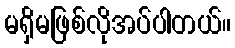
မရှိမဖြစ်လိုအပ်ပါတယ်။